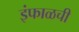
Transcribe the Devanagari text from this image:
इंफाळची